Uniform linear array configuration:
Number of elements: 48
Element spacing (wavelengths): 0.25
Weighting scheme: cosine
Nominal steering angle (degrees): -60
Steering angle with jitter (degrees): -58.63
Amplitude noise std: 0.05
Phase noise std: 0.05

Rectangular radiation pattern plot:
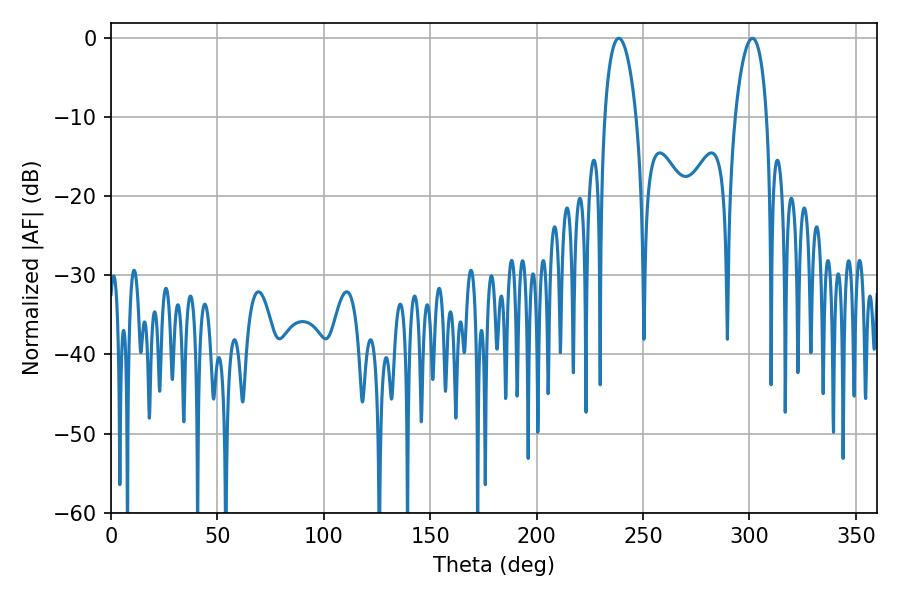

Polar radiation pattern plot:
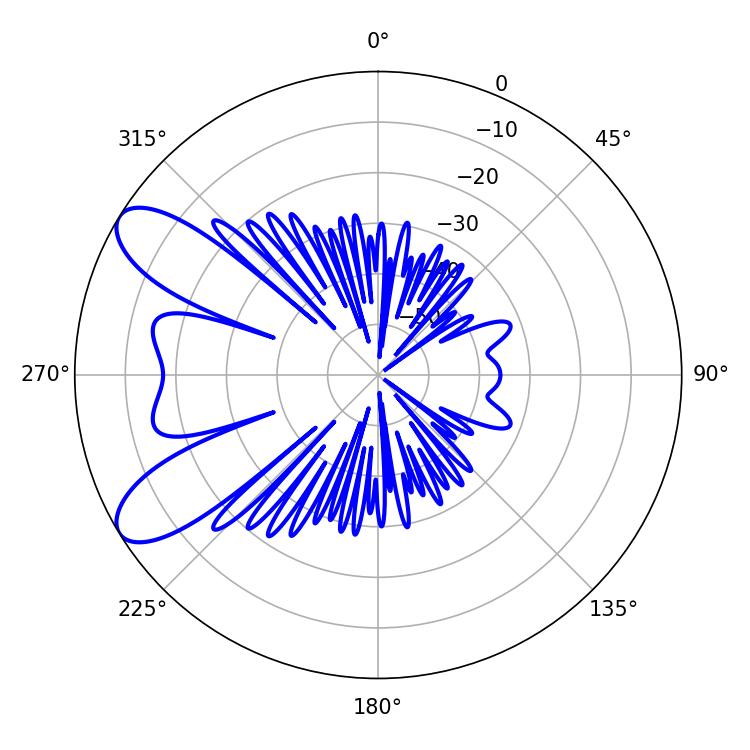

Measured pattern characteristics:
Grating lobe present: FALSE
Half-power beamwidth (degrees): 8.28
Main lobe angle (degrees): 238.68